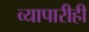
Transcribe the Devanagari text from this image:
व्यापारीही